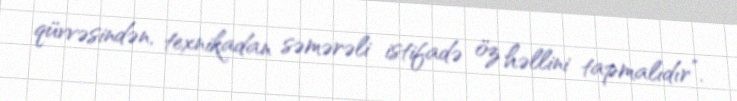
qüvvəsindən, texnikadan səmərəli istifadə öz həllini tapmalıdır”.